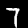
Label: 7